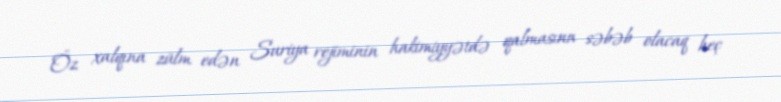
Öz xalqına zülm edən Suriya rejiminin hakimiyyətdə qalmasına səbəb olacaq heç